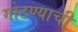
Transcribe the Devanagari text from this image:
गोठण्याची